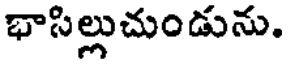
భాసిల్లుచుండును.